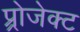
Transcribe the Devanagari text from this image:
प्र्रोजेक्ट